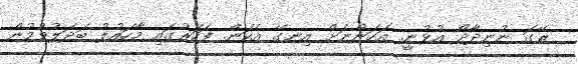
ރޭގަ ނުނިދާދޯ އުޅުނީ. އަހަންނަށް އިނގޭ އެކަން. ފަހަރުގައި މާހައުލު ބަދަލުވުމުން